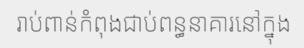
រាប់ពាន់កំពុងជាប់ពន្ធនាគារនៅក្នុង